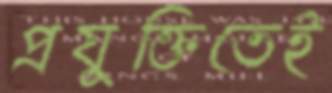
প্রযুক্তিতেই